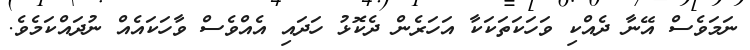
ނަމަވެސް އޭނާ ދެއްކި ވަހަކަތަކަކާ އަހަރެން ދެކޮޅު ހަދައި އެއްވެސް ވާހަކައެއް ނުދައްކަމެވެ.